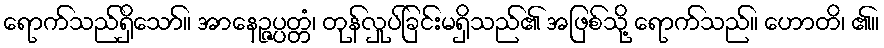
ရောက်သည်ရှိသော်။ အာနေဉ္ဇပ္ပတ္တံ၊ တုန်လှုပ်ခြင်းမရှိသည်၏ အဖြစ်သို့ ရောက်သည်။ ဟောတိ၊ ၏။